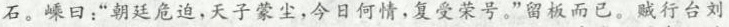
石。嵊日：“朝廷危迫，天子蒙尘，今日何情，复受荣号。”留板而已。贼行台刘